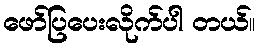
ဖော်ပြပေးလိုက်ပါ တယ်။